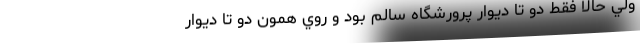
ولي حالا فقط دو تا ديوار پرورشگاه سالم بود و روي همون دو تا ديوار